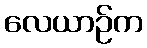
လေယာဉ်က